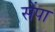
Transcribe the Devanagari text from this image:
सेंपा